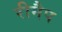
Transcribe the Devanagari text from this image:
रीमैप